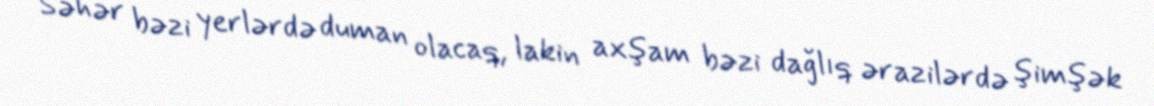
Səhər bəzi yerlərdə duman olacaq, lakin axşam bəzi dağlıq ərazilərdə şimşək